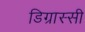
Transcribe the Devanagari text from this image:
डिग्रास्सी